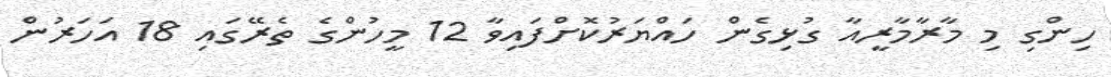
ހިންގި މި މާރާމާރީއާ ގުޅިގެން ހައްޔަރުކޮށްފައިވާ 12 މީހުންގެ ތެރޭގައި 18 އަހަރުން